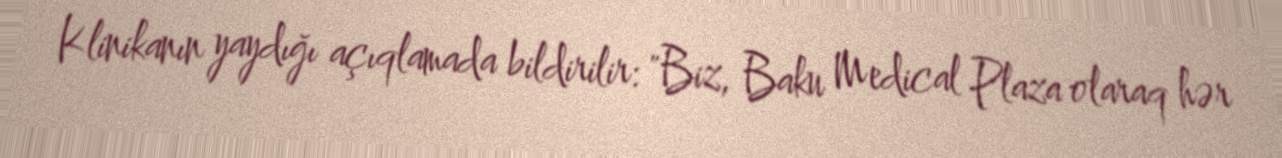
Klinikanın yaydığı açıqlamada bildirilir: "Biz, Baku Medical Plaza olaraq hər